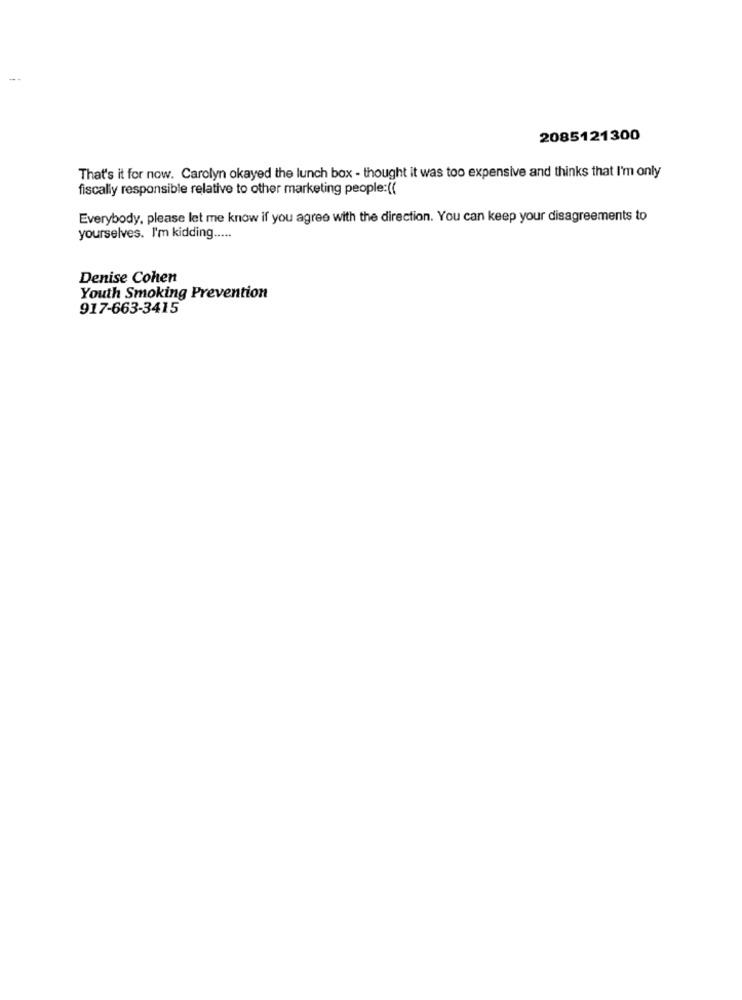
2085121300
That's it for now. Carolyn okayed the lunch box - thought it was too expensive and thinks that I'm only
fiscally responsible relative to other marketing people:((
Everybody, please let me know if you agree with the direction. You can keep your disagreements to
yourselves. I'm kidding .....
Denise Cohen
Youth Smoking Prevention
917-663-3415